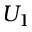
U _ { 1 }